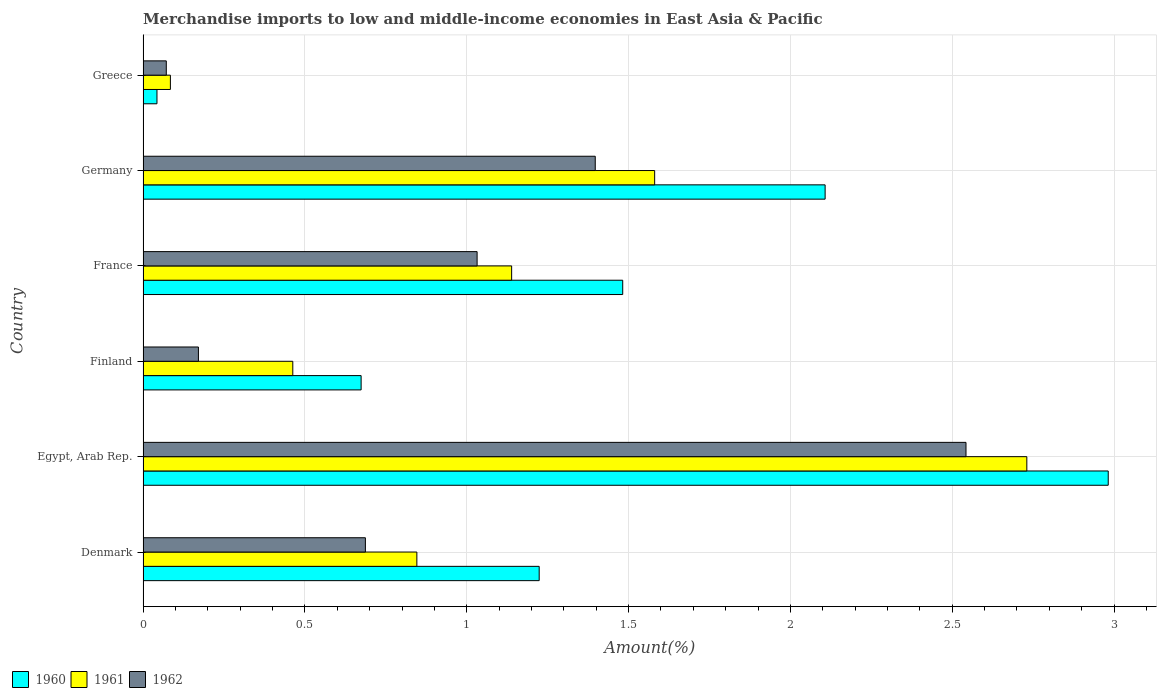
| Country | 1960 | 1961 | 1962 |
 | --- | --- | --- | --- |
 | Denmark | 1.22 | 0.846 | 0.687 |
 | Egypt, Arab Rep. | 2.98 | 2.73 | 2.54 |
 | Finland | 0.674 | 0.463 | 0.171 |
 | France | 1.48 | 1.14 | 1.03 |
 | Germany | 2.11 | 1.58 | 1.4 |
 | Greece | 0.043 | 0.0844 | 0.0718 |